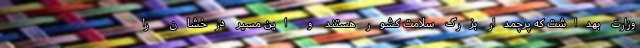
وزارت بهداشت که پرچمدار بزرگ سلامت کشور هستند و این مسیر درخشان را